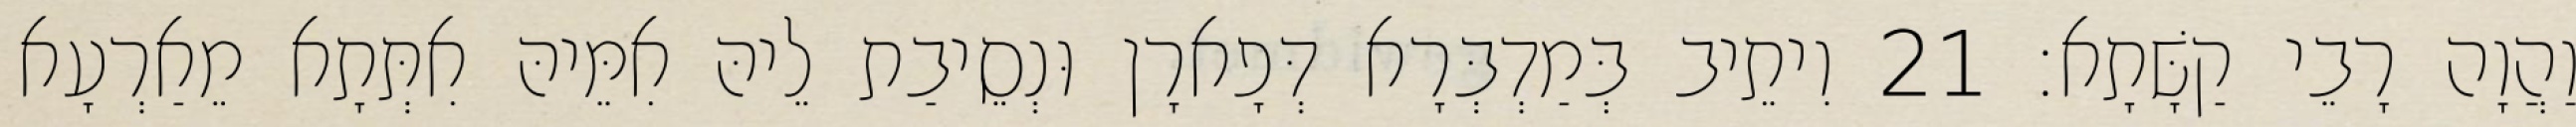
וַהֲוָה רָבֵי קַשָּׁתָא׃ 21 וִיתֵיב בְּמַדְבְּרָא דְּפָארָן וּנְסֵיבַת לֵיהּ אִמֵּיהּ אִתְּתָא מֵאַרְעָא